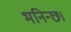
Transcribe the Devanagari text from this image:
भनिन्छ।